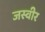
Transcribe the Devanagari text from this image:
जस्वीर